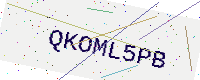
Text: QKOML5PB